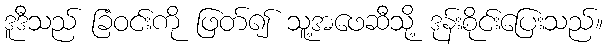
ဒူဒီသည် ခြံဝင်းကို ဖြတ်၍ သူ့အဖေဆီသို့ ဒုန်းစိုင်းပြေးသည်။